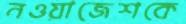
নওয়াজেশকে